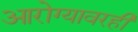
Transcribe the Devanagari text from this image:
आरोग्यावरही